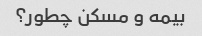
بیمه و مسکن چطور؟